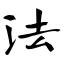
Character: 法